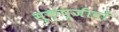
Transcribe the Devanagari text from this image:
सूक्ष्जीवों